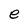
Character: e